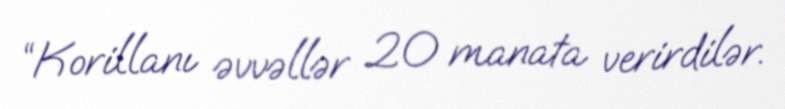
“Korillanı əvvəllər 20 manata verirdilər.